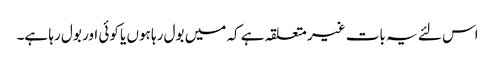
اس لئے یہ بات غیر متعلقہ ہے کہ میں بول رہا ہوں یا کوئی اور بول رہا ہے۔